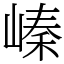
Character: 𡻈